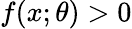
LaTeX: f(x;\theta)>0